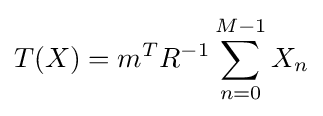
T(X)=m^{T}R^{-1}\sum _{n=0}^{M-1}X_{n}